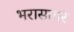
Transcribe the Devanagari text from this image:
भरासागर